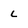
Character: L